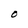
Character: O